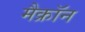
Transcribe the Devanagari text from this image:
मैक्रॉन